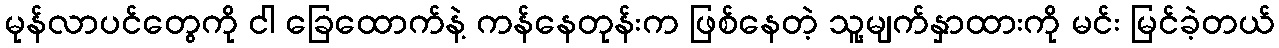
မုန်လာပင်တွေကို ငါ ခြေထောက်နဲ့ ကန်နေတုန်းက ဖြစ်နေတဲ့ သူ့မျက်နှာထားကို မင်း မြင်ခဲ့တယ်